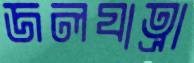
জলযাত্রা